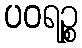
ပဝရဉ္စ